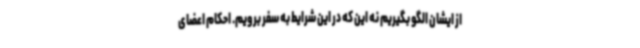
از ایشان الگو بگیریم نه این که در این شرایط به سفر برویم. احکام اعضای